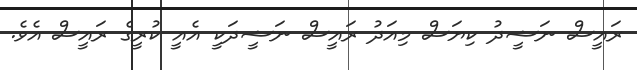
ރައީސް ނަޝީދު ކިޔަސް މިއަދު ރައީސް ނަޝީދަކީ އެއީ ކުރީގެ ރައީސް އެވެ.